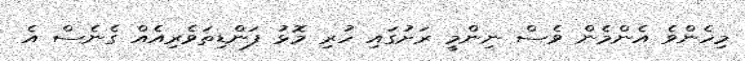
މިހެންވެ އެންމެން ވެސް ނިންމީ ރަށުގައި ހުރި މޮޅު ފަންޑިތަވެރިއެއް ގެނެސް އެ